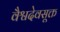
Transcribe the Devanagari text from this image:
वैश्वदेवसूक्त